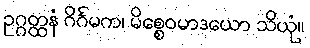
ဥဂ္ဂတ္ထနံ ဂိင်္ဂမက၊ မိစ္စေဝမာဒယော သိယုံ။